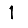
Digit: 1